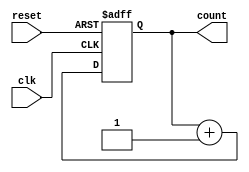
module async_reset_sync_counter (
    input wire clk,          // Clock input
    input wire reset,        // Asynchronous reset input
    output reg [2:0] count   // 3-bit counter output
);

// Asynchronous reset and synchronous counting
always @(posedge clk or posedge reset) begin
    if (reset) begin
        count <= 3'b000;    // Reset the counter to 0
    end else begin
        count <= count + 1; // Increment the counter on clock edge
    end
end

endmodule